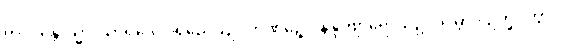
ကိလန္တောသ္မိ ဝိသာရဒေါ ပရိညေယျဂ္ဂဟဏဉ္စေဝ နိန္ဒာဗျာရောသဥပါရမ္ဘာဒိ ဥက္ခိပိတွာပိ